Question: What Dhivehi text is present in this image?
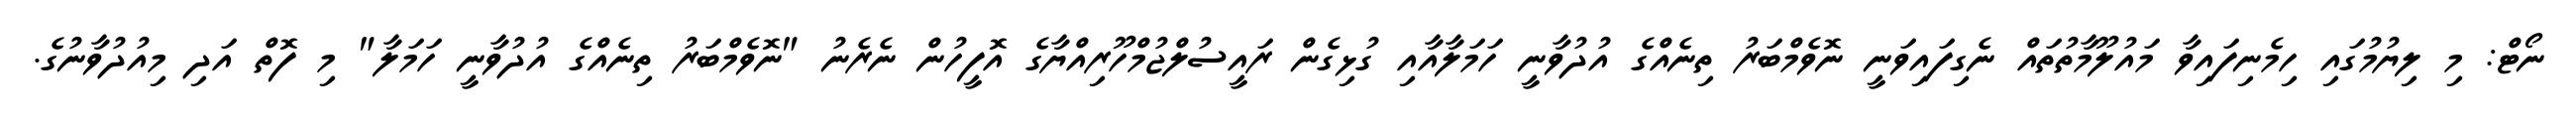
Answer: ނޯޓް: މި ލިޔުމުގައި ހިމެނިފައިވާ މައުލޫމާތުތައް ނެގިފައިވަނީ ނޮވެމްބަރު ތިނެއްގެ އުދުވާނީ ހަމަލާއާއި ގުޅިގެން ރައީސުލްޖުމްހޫރިއްޔާގެ އޮފީހުން ނެރެނު "ނޮވެމްބަރު ތިނެއްގެ އުދުވާނީ ހަމަލާ" މި ފޮތް އަދި މިއުދުވާނުގެ.